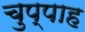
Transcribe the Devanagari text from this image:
चुप्पाह